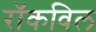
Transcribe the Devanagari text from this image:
रॉकविल